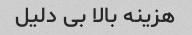
هزینه بالا بی دلیل